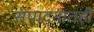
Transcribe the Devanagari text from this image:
संपादनातही